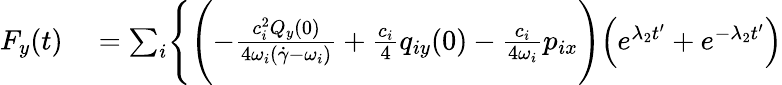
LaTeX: \begin{array}{rl}{F_{y}(t)}&{{}=\sum_{i}\Biggl\{ \Biggl(-\frac{c_{i}^{2}Q_{y}(0)}{4\omega_{i}(\dot{\gamma}-\omega_{i})}+\frac{c_{i}}{4}q_{iy}(0)-\frac{c_{i}}{4\omega_{i}}p_{ix}\Biggr)\Bigl(e^{\lambda_{2}t^{\prime}}+e^{-\lambda_{2}t^{\prime}}\Bigr)}\end{array}